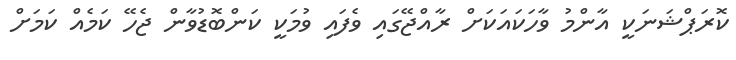
ކޮރަޕްޝަނަކީ އާންމު ވާހަކައަކަށް ރާއްޖޭގައި ވެފައި ވުމަކީ ކަންބޮޑުވާން ޖެހޭ ކަމެއް ކަމަށް